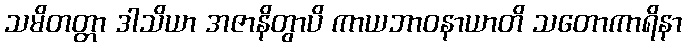
သမိတတ္တာ ဒါသိယာ အဇာနိတွာပိ ကာယဘာဝနာယာတိ သတောကာရိနာ